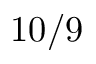
1 0 / 9